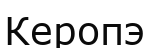
Керопэ